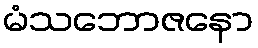
မံသဘောဇနော